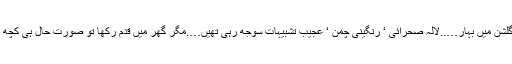
بے آباد گلشن میں بہار…..لالہ صحرائی ‘ رنگینی چمن ‘ عجیب تشبیہات سوجھ رہی تھیں….مگر گھر میں قدم رکھا تو صورت حال ہی کچھ اور تھی۔